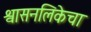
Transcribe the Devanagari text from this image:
श्वासनलिकेचा